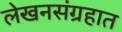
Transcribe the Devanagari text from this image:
लेखनसंग्रहात